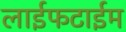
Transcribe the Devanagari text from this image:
लाईफटाईम